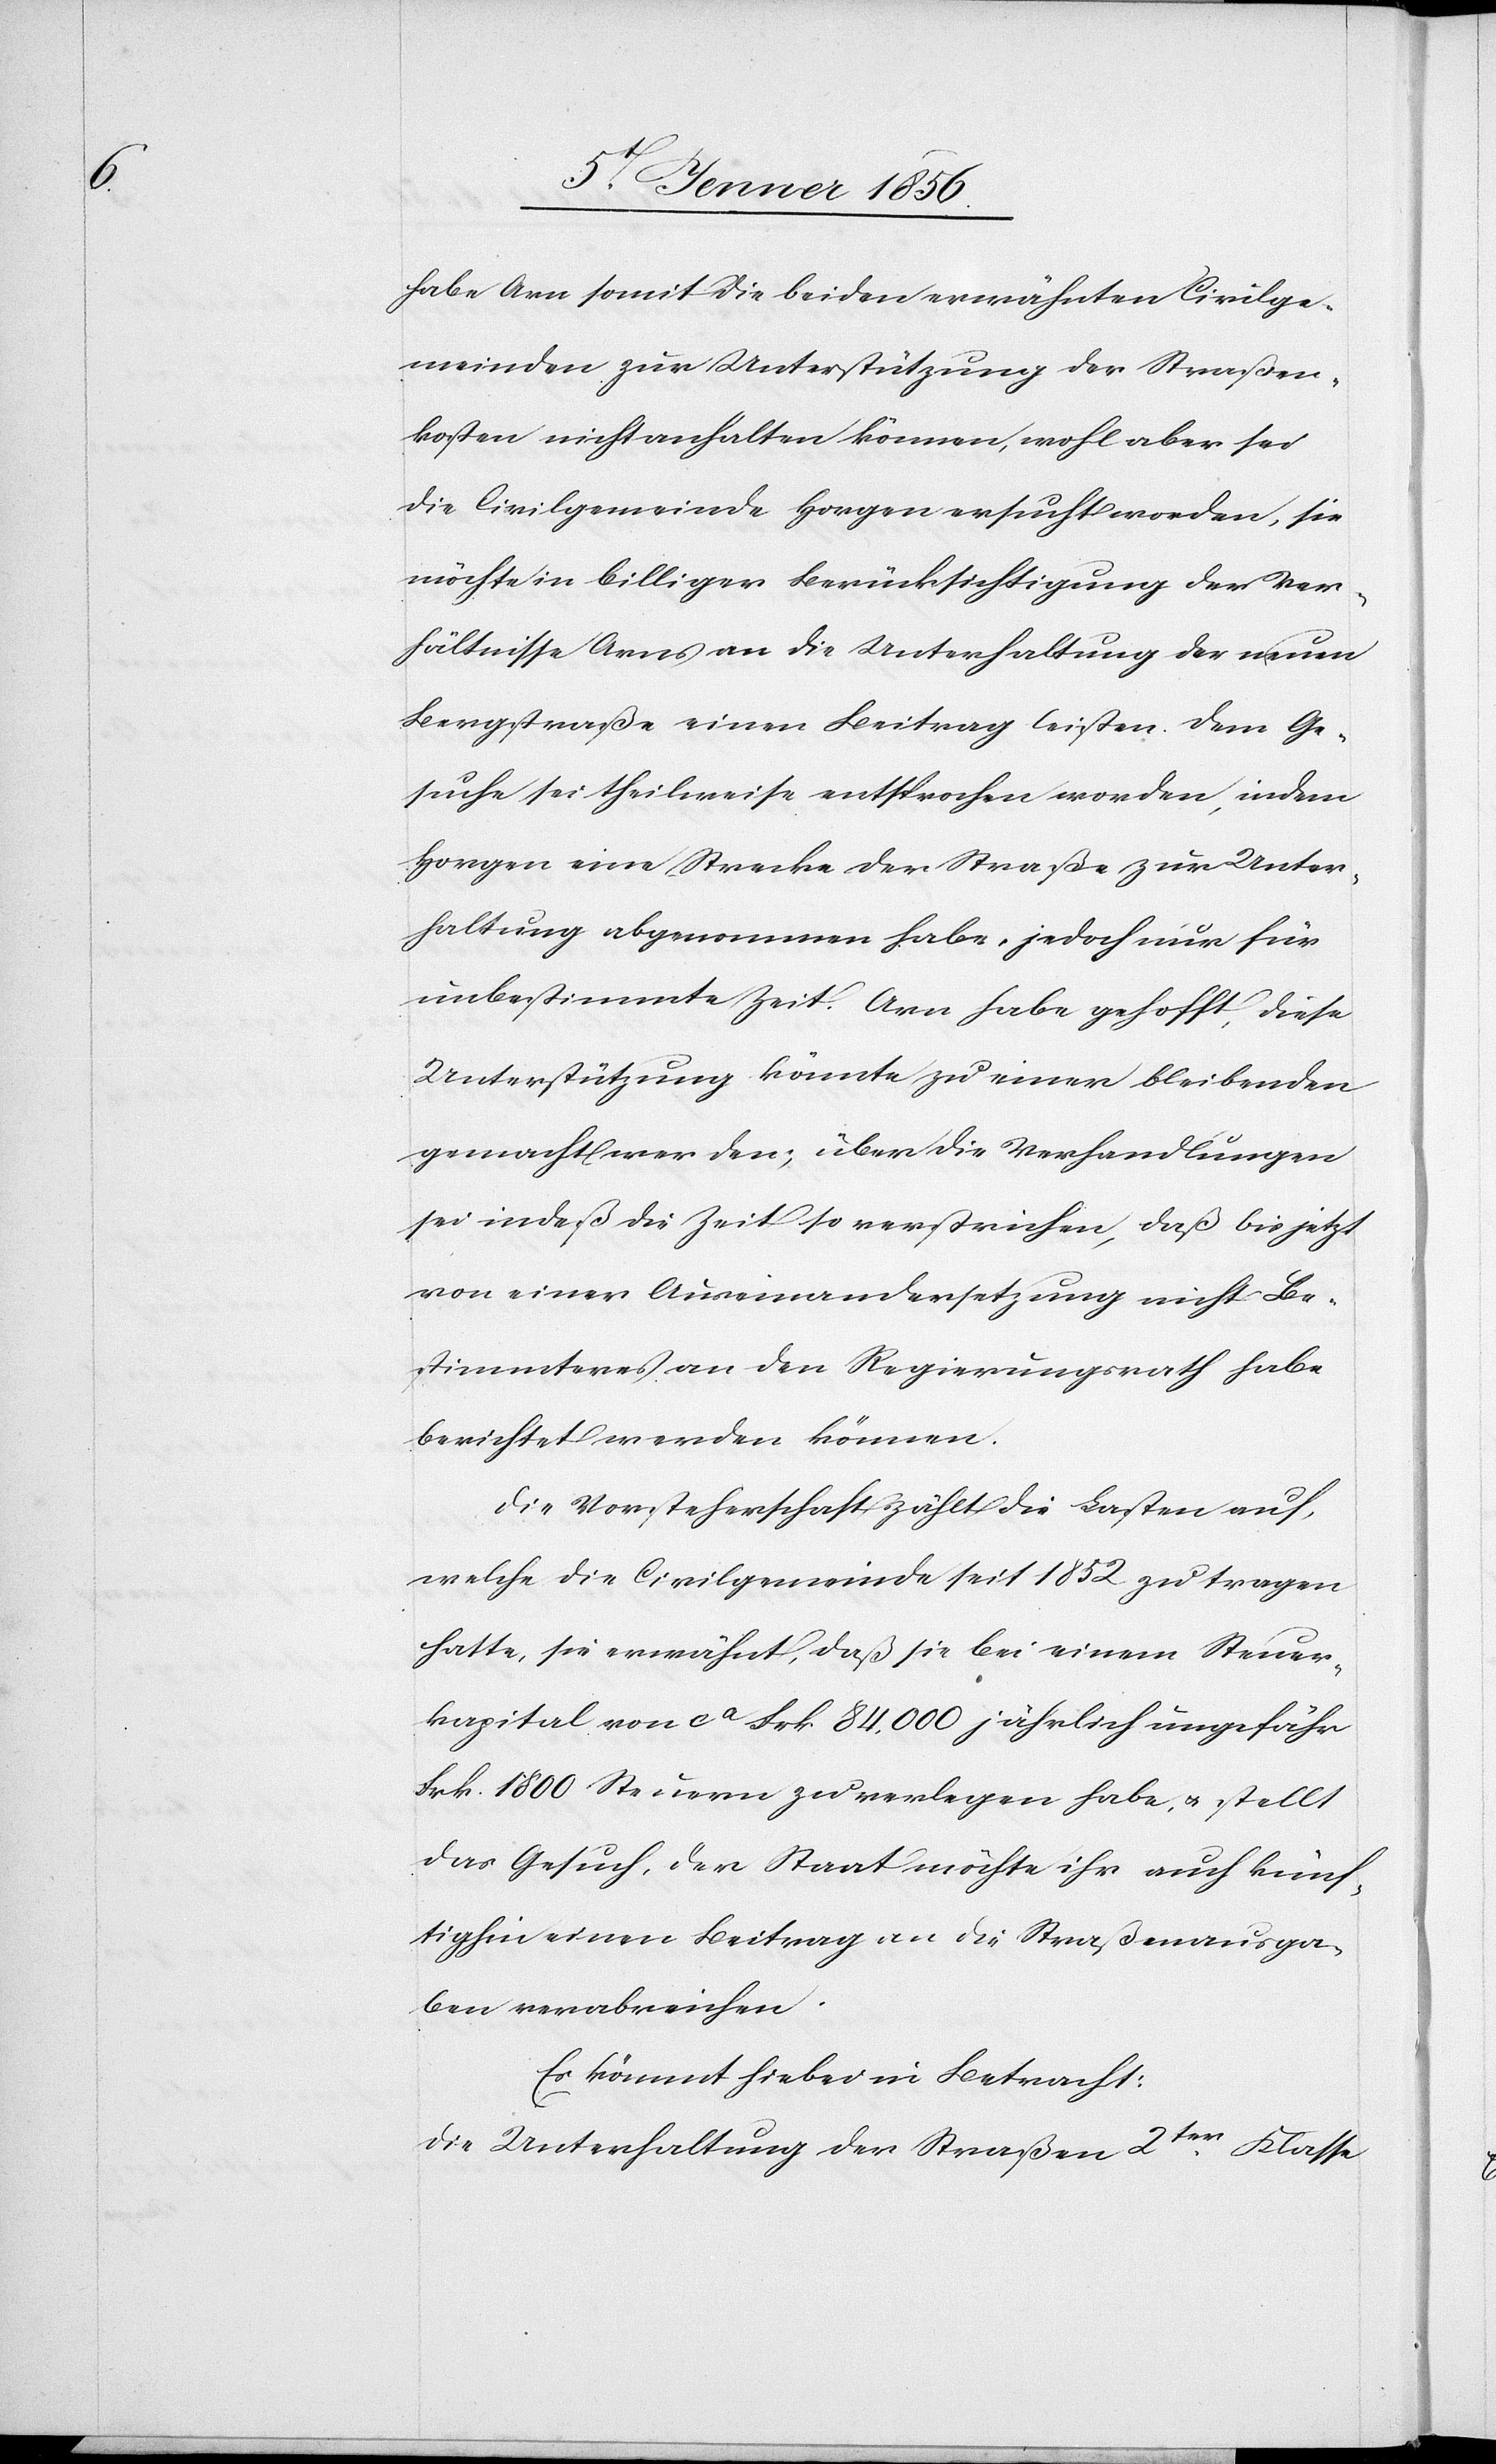
habe Arn somit die beiden erwähnten Civilge¬
meinden zur Unterstützung der Straßen¬
kosten nicht anhalten können, wohl aber sei
die Civilgemeinde Horgen ersucht worden, sie
möchte in billiger Berücksichtigung der Ver¬
hältnisse Arn an die Unterhaltung der neuen
Bergstraße einen Beitrag leisten. Dem Ge¬
suche sei theilweise entsprochen worden, indem
Horgen eine Strecke der Straße zur Unter¬
haltung abgenommen habe, jedoch nur für
unbestimmte Zeit. Arn habe gehofft, diese
Unterstützung könnte zu einer bleibenden
gemacht werden; über die Verhandlungen
sei indeß die Zeit so verstrichen, daß bis jetzt
von einer Auseinandersetzung nicht Be¬
stimmteres an den Regierungsrath habe
berichtet werden können.
Die Vorsteherschaft zählt die Lasten auf,
welche die Civilgemeinde seit 1852 zu tragen
hatte, sie erwähnt, daß sie bei einem Steuer¬
kapital von ca Frk 84,000 jährlich ungefähr
Frk. 1800 Steuern zu verlegen habe, u. stellt
das Gesuch, der Staat möchte ihr auch künf¬
tighin einen Beitrag an die Straßenausga¬
ben verabreichen.
Es kömmt hiebei in Betracht:
Die Unterhaltung der Straßen 2ter Klasse